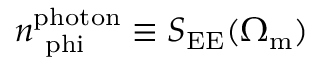
n _ { \mathrm { \ p h i } } ^ { \mathrm { p h o t o n } } \equiv S _ { \mathrm { E E } } ( \Omega _ { \mathrm { m } } )